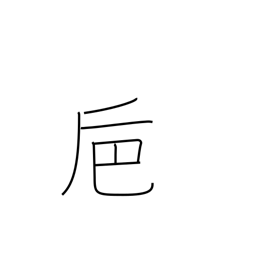
Meaning: large winecup